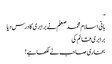
ـ
بانی اسلام محمد صعلم نے برابری کا درس دیا
برابری قائم کی
بخاری صاحب نے لکھا ہے !